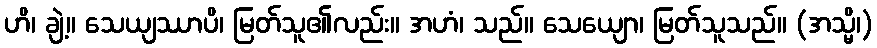
ဟိ၊ ချဲ့။ သေယျဿာပိ၊ မြတ်သူ၏လည်း။ အဟံ၊ သည်။ သေယျော၊ မြတ်သူသည်။ (အသ္မိ၊)